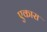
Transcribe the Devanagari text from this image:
एकारा